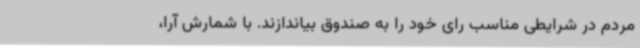
مردم در شرایطی مناسب رای خود را به صندوق بیاندازند. با شمارش آرا،